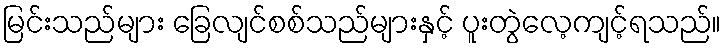
မြင်းသည်များ ခြေလျင်စစ်သည်များနှင့် ပူးတွဲလေ့ကျင့်ရသည်။